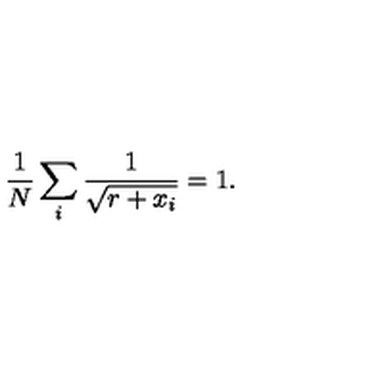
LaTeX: { \frac { 1 } { N } } \sum _ { i } { \frac { 1 } { \sqrt { r + x _ { i } } } } = 1 .